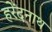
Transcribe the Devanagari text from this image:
हरेंदनाथ